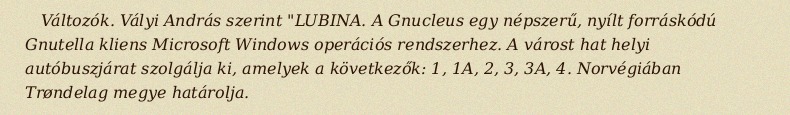
Változók. Vályi András szerint "LUBINA. A Gnucleus egy népszerű, nyílt forráskódú Gnutella kliens Microsoft Windows operációs rendszerhez. A várost hat helyi autóbuszjárat szolgálja ki, amelyek a következők: 1, 1A, 2, 3, 3A, 4. Norvégiában Trøndelag megye határolja.